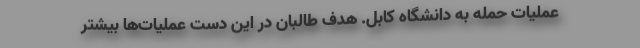
عملیات حمله به دانشگاه کابل. هدف طالبان در این دست عملیات‌ها بیشتر